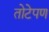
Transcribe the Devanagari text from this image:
तोटेपण